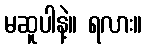
မဆူပါနဲ့။ ရလား။